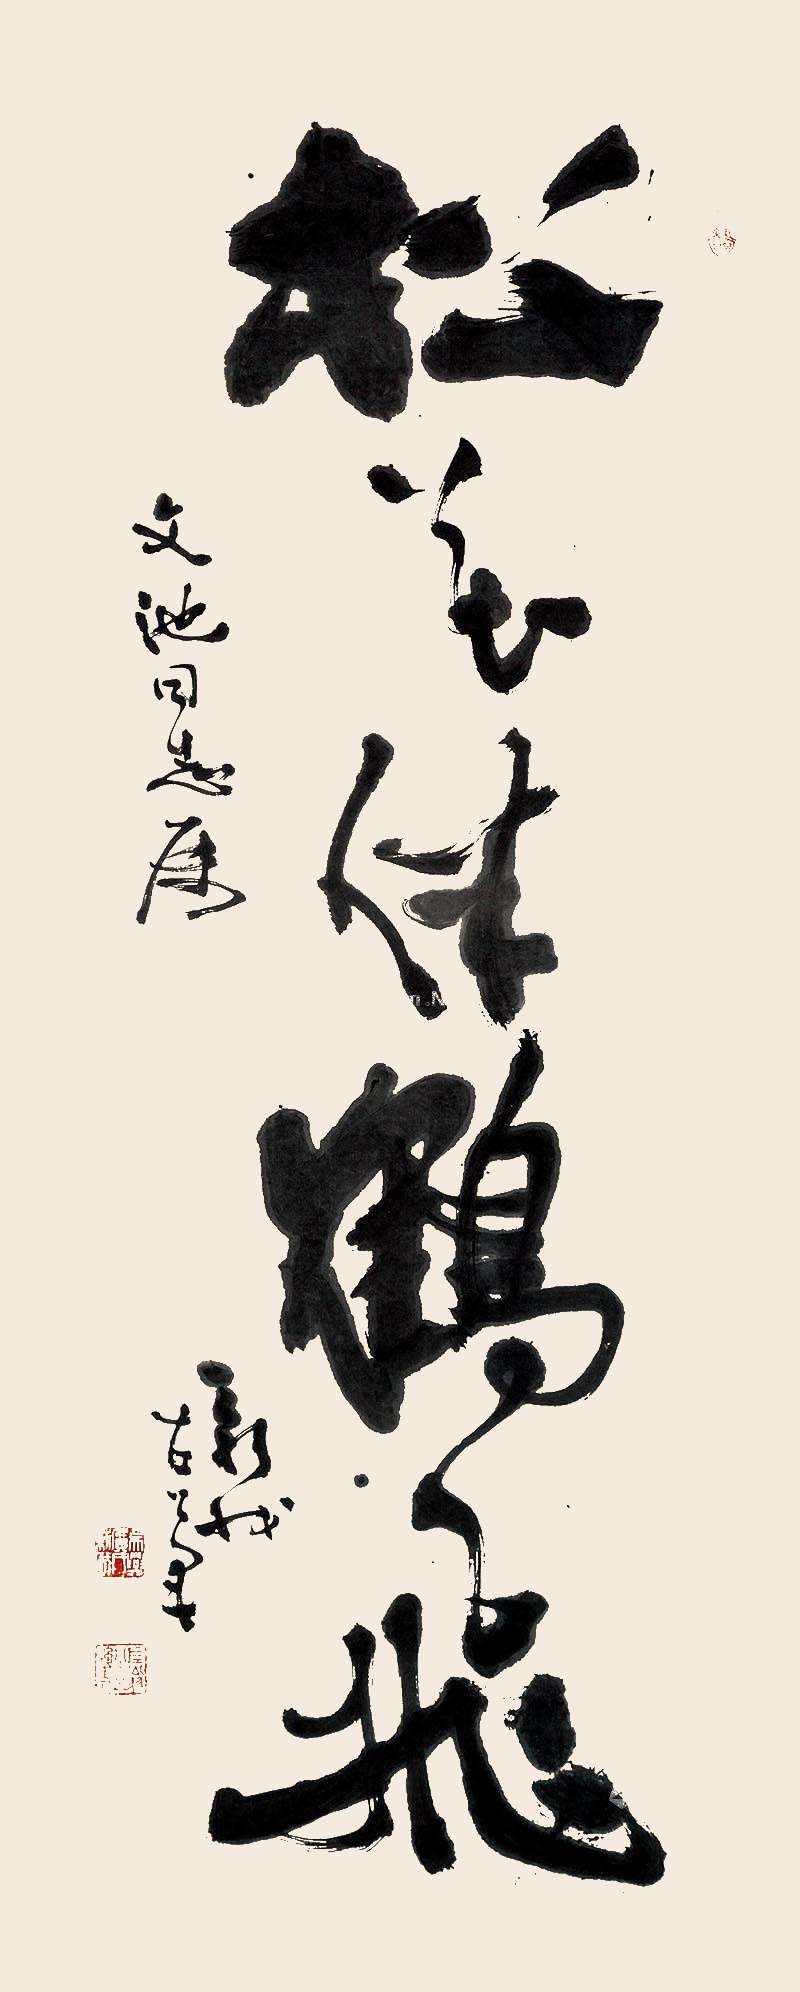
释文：松花伴鹤飞文池同志属，新我左笔。